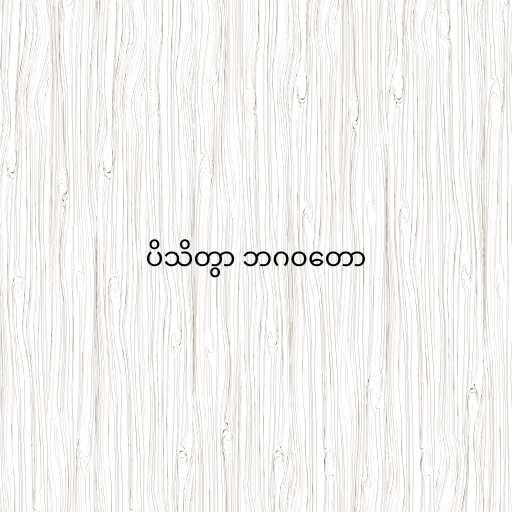
ပိသိတွာ ဘဂဝတော